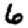
Digit: 6